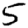
Digit: 5